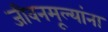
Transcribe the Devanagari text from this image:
जीवनमूल्यांना